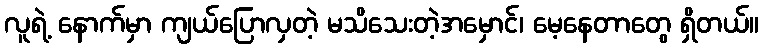
လူရဲ့ နောက်မှာ ကျယ်ပြောလှတဲ့ မသိသေးတဲ့အမှောင်၊ မေ့နေတာတွေ ရှိတယ်။